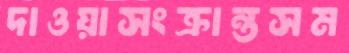
দাওয়াসংক্রান্তসম